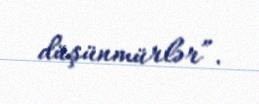
düşünmürlər”.